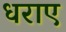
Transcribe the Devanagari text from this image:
धराए